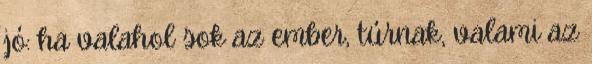
jó: ha valahol sok az ember, túrnak, valami az